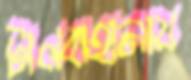
টালবাহানায়